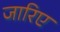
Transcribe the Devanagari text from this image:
जारिए